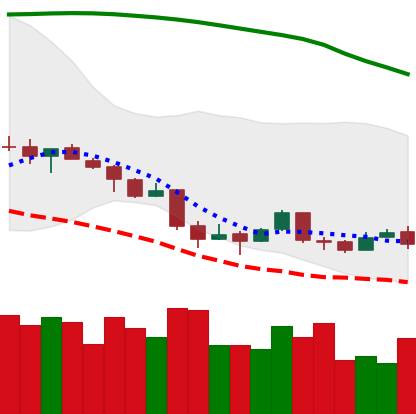
Ticker: BTC-USD
Chart end date: 2018-04-09
Forward return: 17.952%
Label: up_7plus